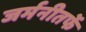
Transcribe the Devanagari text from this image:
जर्मनीतर्फे